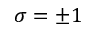
\sigma = \pm 1